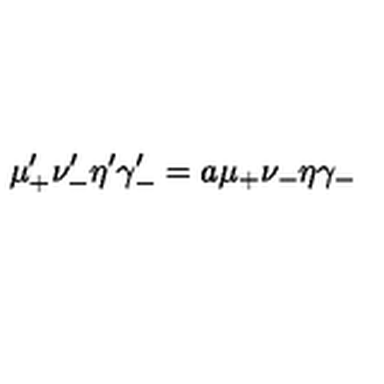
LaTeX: \mu _ { + } ^ { \prime } \nu _ { - } ^ { \prime } \eta ^ { \prime } \gamma _ { - } ^ { \prime } = a \mu _ { + } \nu _ { - } \eta \gamma _ { - }